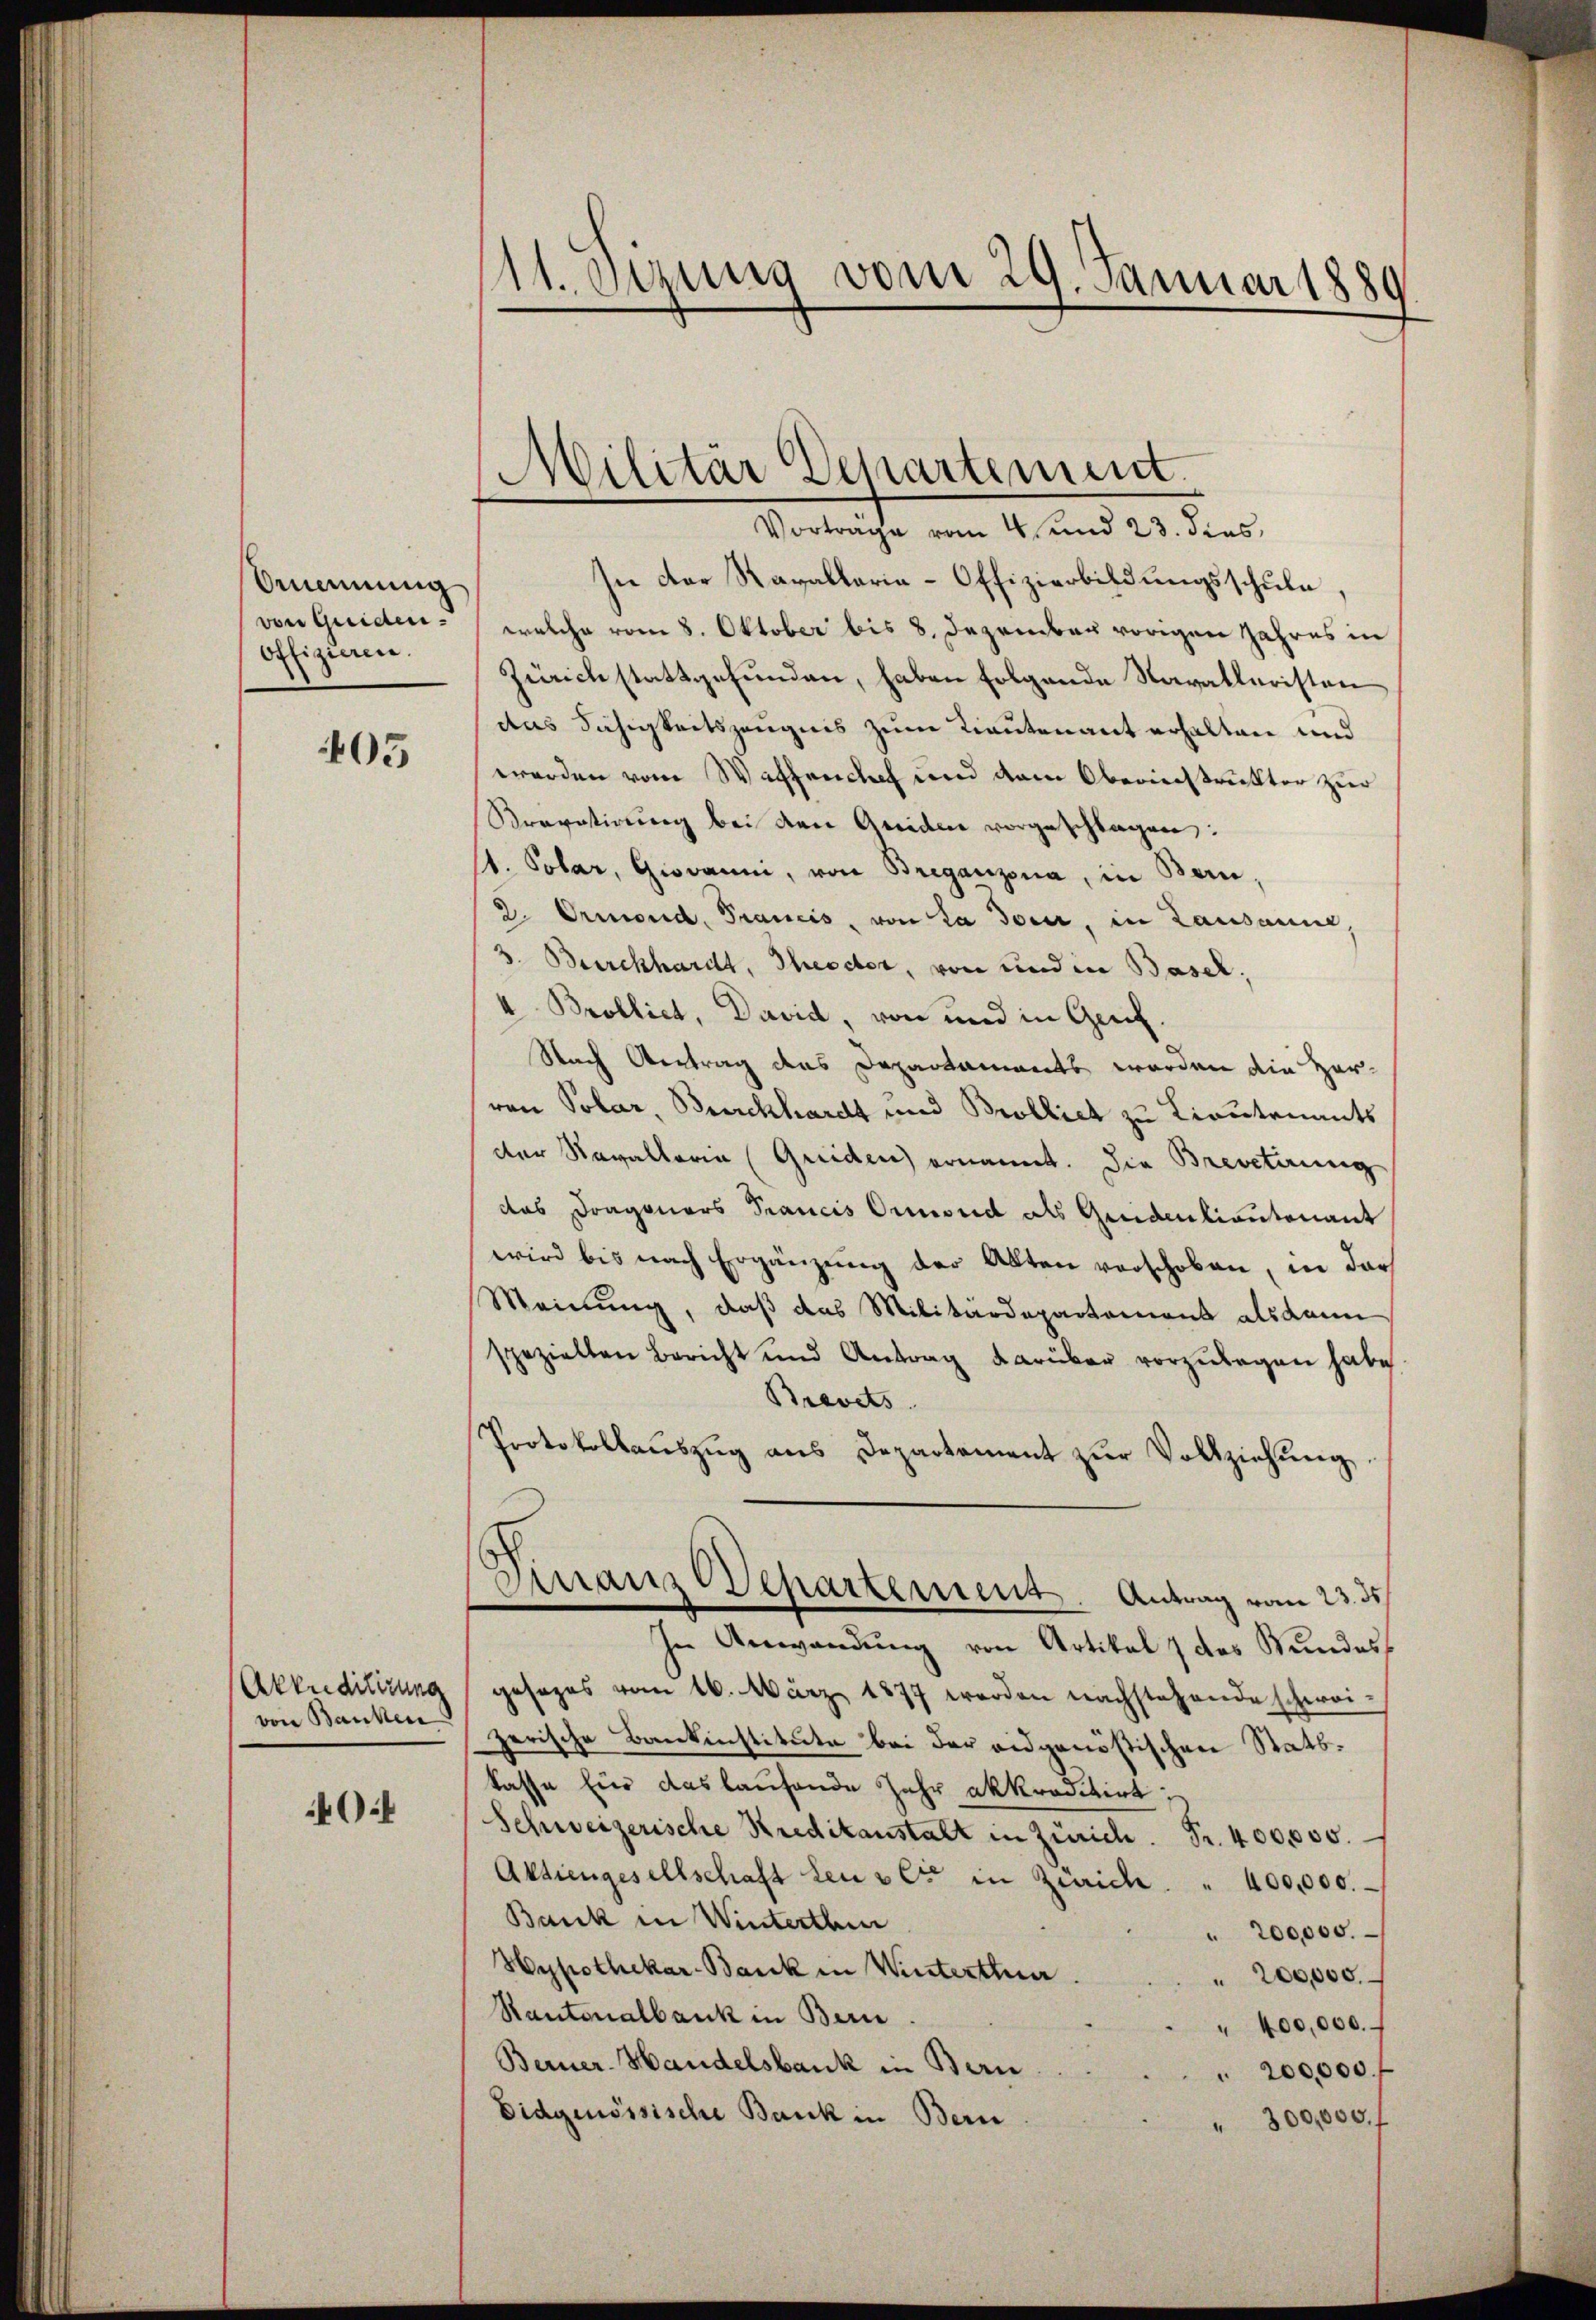
Anennung
von Guiden.
Offizieren.

605

Akenditirung
von Banken

0

11. Sprung vom 29. Januar 1880

Militär Departement.

Vortrage vom 4. und 23. dies
In der Ravallaria-Offizierbildungsschule,
welche vom 8. Oktober bis 8. Dezember vorigen Jahres in
Zürich stattgefunden, haben folgende Navalleristen
das Fähigkeitszeugnis zum Lieutenant erhalten und
werden vom Waffenthof und dem Oberinstruckter zur
Sravatirung bei den Anider vorgeschlagen:
t. Polar, Giovani, von Breganzona, in Bern,
2. Ormond, Francis, von La docir, in Lausanne,
3. Burckhardt, Theodor, von und in Basel,
4. Brolliet, David, von und in Genf.
Nach Vertrag des Departaments worden die Her-
ren Polar, Burckhardt und Brolliet zu Lieutenants
der Navaltaria (Griden ernannt. Die Brevetirung
das Dragoners Francis Ormond als Mindenliantonant
wird bis nach Ergänzung der Akten verschoben, in dar
Meinung, daß das Militärdepartement alsdann
speziellen Bericht und Antrag darüber vorzulegen habe
Brevets
Protokollauszug aus Departement zur Vollziehung,
Dinanzdepartement. Antrag vom 23. ds.
In Anwendung von Artikal 7 des Wundes
gesezes vom 16. März 1877 werden nachstehende schwei-
zerische Bankinstitute bei der eidgenössischen Statskasse für das laufende Jahr akkreditirt
Schweizerische Kreditanstalt in Zürich. Fr. 400,000.
Aktiengesellschaft den verst in Zürich. " 400,000.
Bank in Winterthe
 200,000.
Hypothekar-Bank in Winterthur
 200,000.
Rantonalbank in Bern.
" 400,000.
Berner-Handelsbank in Bern
200,000 f
Eidgenössische Bank in Bern
300,000. f